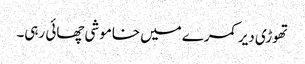
تھوڑی دیر کمرے میں خاموشی چھائی رہی۔